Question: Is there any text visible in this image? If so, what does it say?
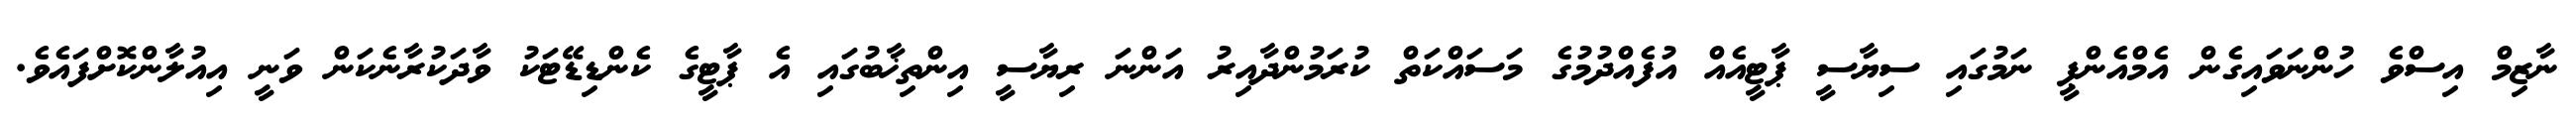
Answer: ނާޒިމް އިސްވެ ހުންނަވައިގެން އެމްއެންޕީ ނަމުގައި ސިޔާސީ ޕާޓީއެއް އުފެއްދުމުގެ މަސައްކަތް ކުރަމުންދާއިރު އަންނަ ރިޔާސީ އިންތިޚާބުގައި އެ ޕާޓީގެ ކެންޑިޑޭޓަކު ވާދަކުރާނެކަން ވަނީ އިއުލާންކޮށްފައެވެ.